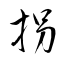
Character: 拐